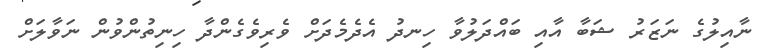
ނާއިލުގެ ނަޒަރު ޝަބާ އާއި ބައްދަލުވާ ހިނދު އެދެމެދަށް ވެރިވެގެންދާ ހިނިތުންވުން ނަވާލަށް